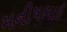
મનીષભાઈ